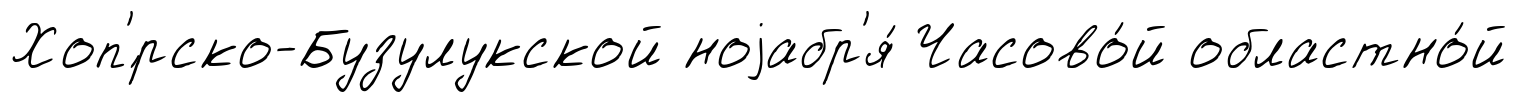
Хоп'́рско-Бузулукской ноjабр'я́ Часово́й областно́й